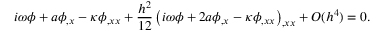
i \omega \phi + a \phi _ { , x } - \kappa \phi _ { , x x } + \frac { h ^ { 2 } } { 1 2 } \left( i \omega \phi + 2 a \phi _ { , x } - \kappa \phi _ { , x x } \right) _ { , x x } + O ( h ^ { 4 } ) = 0 .